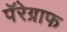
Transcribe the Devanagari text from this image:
पॅरेग्राफ